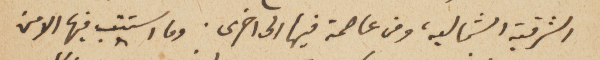
الشرقية الشماليه، ومن عاصمة فيها الى اخرى. وما استتب فيها الامن